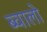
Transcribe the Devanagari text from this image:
ब्वालो